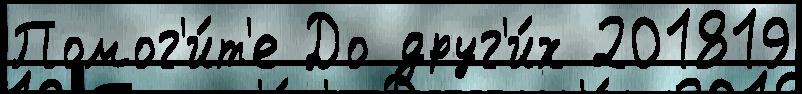
Помог'и́т'е До друг'и́х 201819